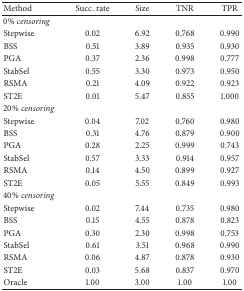
<table><thead><tr><td><b>Method</b></td><td><b>Succ. rate</b></td><td><b>Size</b></td><td><b>TNR</b></td><td><b>TPR</b></td></tr></thead><tbody><tr><td>0%<i> censoring</i></td><td> </td><td> </td><td> </td><td> </td></tr><tr><td>Stepwise</td><td>0.02</td><td>6.92</td><td>0.768</td><td>0.990</td></tr><tr><td>BSS</td><td>0.51</td><td>3.89</td><td>0.935</td><td>0.930</td></tr><tr><td>PGA</td><td>0.37</td><td>2.36</td><td>0.998</td><td>0.777</td></tr><tr><td>StabSel</td><td>0.55</td><td>3.30</td><td>0.973</td><td>0.950</td></tr><tr><td>RSMA</td><td>0.21</td><td>4.09</td><td>0.922</td><td>0.923</td></tr><tr><td>ST2E</td><td>0.01</td><td>5.47</td><td>0.855</td><td>1.000</td></tr><tr><td>20%<i> censoring</i></td><td> </td><td> </td><td> </td><td> </td></tr><tr><td>Stepwise</td><td>0.04</td><td>7.02</td><td>0.760</td><td>0.980</td></tr><tr><td>BSS</td><td>0.31</td><td>4.76</td><td>0.879</td><td>0.900</td></tr><tr><td>PGA</td><td>0.28</td><td>2.25</td><td>0.999</td><td>0.743</td></tr><tr><td>StabSel</td><td>0.57</td><td>3.33</td><td>0.914</td><td>0.957</td></tr><tr><td>RSMA</td><td>0.14</td><td>4.50</td><td>0.899</td><td>0.927</td></tr><tr><td>ST2E</td><td>0.05</td><td>5.55</td><td>0.849</td><td>0.993</td></tr><tr><td>40%<i> censoring</i></td><td> </td><td> </td><td> </td><td> </td></tr><tr><td>Stepwise</td><td>0.02</td><td>7.44</td><td>0.735</td><td>0.980</td></tr><tr><td>BSS</td><td>0.15</td><td>4.55</td><td>0.878</td><td>0.823</td></tr><tr><td>PGA</td><td>0.30</td><td>2.30</td><td>0.998</td><td>0.753</td></tr><tr><td>StabSel</td><td>0.61</td><td>3.51</td><td>0.968</td><td>0.990</td></tr><tr><td>RSMA</td><td>0.06</td><td>4.87</td><td>0.878</td><td>0.930</td></tr><tr><td>ST2E</td><td>0.03</td><td>5.68</td><td>0.837</td><td>0.970</td></tr><tr><td>Oracle</td><td>1.00</td><td>3.00</td><td>1.00</td><td>1.00</td></tr></tbody></table>